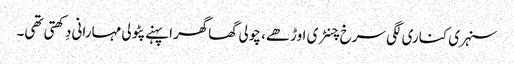
سنہری کناری لگی سرخ چنٹری اوڑھے، چولی گھاگھرا پہنے پٹولی مہارانی دِکھتی تھی۔